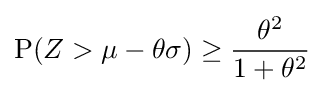
\operatorname {P} (Z>\mu -\theta \sigma )\geq {\frac {\theta ^{2}}{1+\theta ^{2}}}